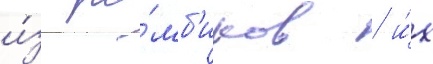
и́з ро́мб'иков / и́х